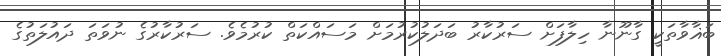
ބަޣާވާތަކީ ގާނޫނާ ހިލާފަށް ސަރުކާރު ބަދަލުކުރުމަށް މަސައްކަތް ކުރުމެވެ. ސަރުކާރުގެ ނުވަތަ ދައުލަތުގެ